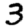
Digit: 3